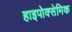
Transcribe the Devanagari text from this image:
हाइपोक्सेमिक